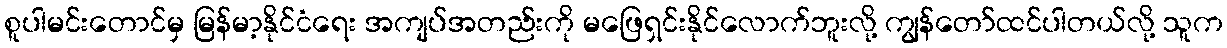
စူပါမင်းတောင်မှ မြန်မာ့နိုင်ငံရေး အကျပ်အတည်းကို မဖြေရှင်းနိုင်လောက်ဘူးလို့ ကျွန်တော်ထင်ပါတယ်လို့ သူက